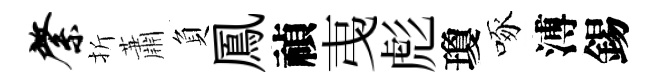
綮折蕭負鳳禎𢎯彪瓊啄溥錫